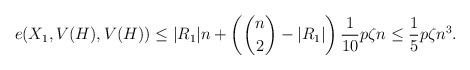
\begin{align*} e(X_1,V(H),V(H)) \leq |R_1| n + \left( \binom{n}{2} - |R_1| \right) \frac{1}{10} p \zeta n \leq \frac{1}{5} p\zeta n^3.\end{align*}